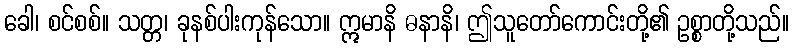
ခေါ၊ စင်စစ်။ သတ္တ၊ ခုနစ်ပါးကုန်သော။ ဣမာနိ ဓနာနိ၊ ဤသူတော်ကောင်းတို့၏ ဥစ္စာတို့သည်။